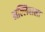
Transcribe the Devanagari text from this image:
मल्लिवाला